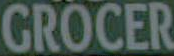
GROCER